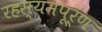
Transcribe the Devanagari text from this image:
रहस्यमपूर्ण